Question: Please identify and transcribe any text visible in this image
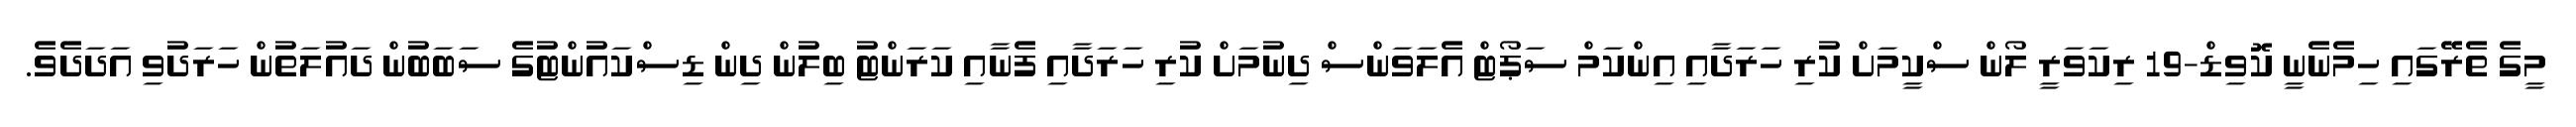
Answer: މީގެ ތެރޭގައި ހިމެނެނީ ކޮވިޑް-19 ރިކަވަރީ ލޯން ސްކީމަށް ކުރި ހަރަދާއި އިންކަމް ސަޕޯޓް އެލަވަންސް ދިނުމަށް ކުރި ހަރަދާއި ފެނާއި ކަރަންޓު ބިލުން ދިން ޑިސްކައުންޓުގެ ސަބަބުން ދައުލަތުން ހަރަދުވި އަދަދެވެ.